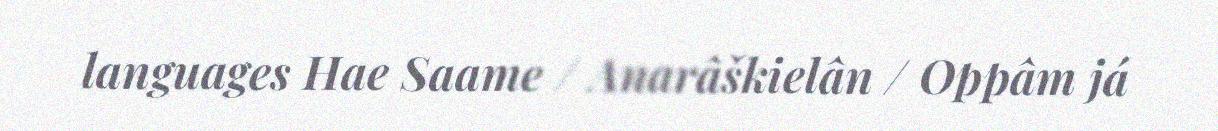
languages Hae Saame / Anarâškielân / Oppâm já